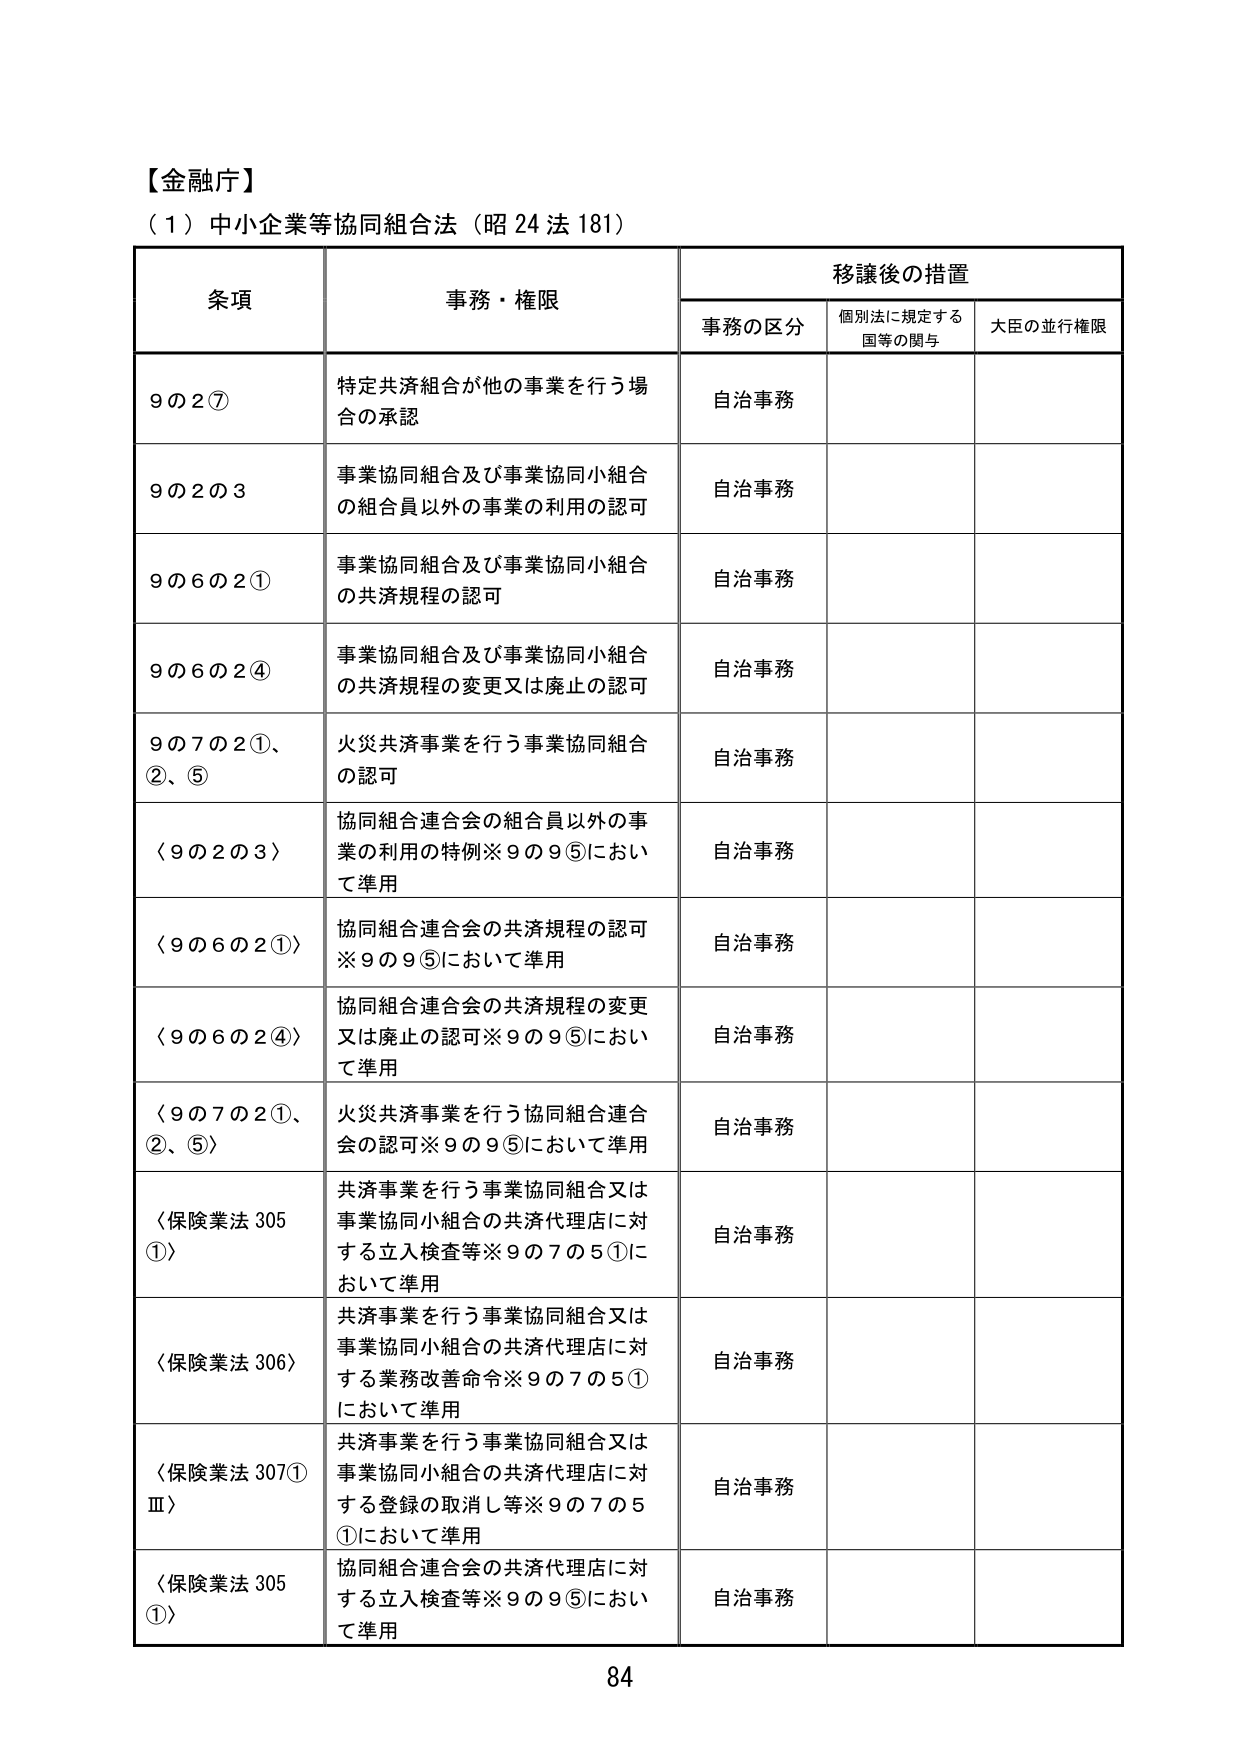
【金融庁】
（1）中小企業等協同組合法（昭24法181）

条項　　　　　　　　　　　　　事務・権限　　　　　　　　　　　　　移譲後の措置
　　　　　　　　　　　　　　　　　　　　　　　　　　事務の区分　　個別法に規定する国等の関与　　大臣の並行権限

9の2⑦　　　　　　　　　特定共済組合が他の事業を行う場合の承認　　　　　自治事務

9の2の3　　　　　　　　事業協同組合及び事業協同小組合の組合員以外の事業の利用の認可　　　自治事務

9の6の2①　　　　　　　事業協同組合及び事業協同小組合の共済規程の認可　　　　　自治事務

9の6の2④　　　　　　　事業協同組合及び事業協同小組合の共済規程の変更又は廃止の認可　　　自治事務

9の7の2①、②、⑤　　　火災共済事業を行う事業協同組合の認可　　　　　自治事務

〈9の2の3〉　　　　　　協同組合連合会の組合員以外の事業の利用の特例※9の9⑤において準用　　　自治事務

〈9の6の2①〉　　　　　協同組合連合会の共済規程の認可※9の9⑤において準用　　　自治事務

〈9の6の2④〉　　　　　協同組合連合会の共済規程の変更又は廃止の認可※9の9⑤において準用　　　自治事務

〈9の7の2①、②、⑤〉　　火災共済事業を行う協同組合連合会の認可※9の9⑤において準用　　　自治事務

〈保険業法305①〉　　　共済事業を行う事業協同組合又は事業協同小組合の共済代理店に対する立入検査等※9の7の5①において準用　　　自治事務

〈保険業法306〉　　　　共済事業を行う事業協同組合又は事業協同小組合の共済代理店に対する業務改善命令※9の7の5①において準用　　　自治事務

〈保険業法307①Ⅲ〉　　共済事業を行う事業協同組合又は事業協同小組合の共済代理店に対する登録の取消し等※9の7の5①において準用　　　自治事務

〈保険業法305①〉　　　協同組合連合会の共済代理店に対する立入検査等※9の9⑤において準用　　　自治事務

84